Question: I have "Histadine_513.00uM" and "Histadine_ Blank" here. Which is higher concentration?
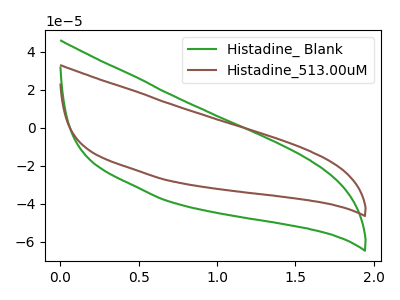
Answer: <think>The green curve "Histadine_ Blank" has no peaks. The brown curve "Histadine_513.00uM" has no peaks.
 Neither "Histadine_513.00uM" or "Histadine_ Blank" have any peaks.</think>
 <answer>I cant tell if "Histadine_513.00uM" or "Histadine_ Blank" has higher concentration.</answer>
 <eval>mixed_concentration</eval>